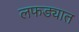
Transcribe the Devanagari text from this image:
लफड्यात